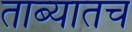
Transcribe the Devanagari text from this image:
ताब्यातच